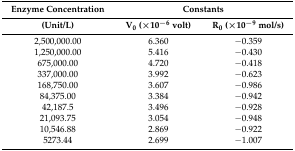
| Enzyme Concentration | <COLSPAN=2> Constants |
 | (Unit/L) | V0 (×10−6 volt) | R0 (×10−9 mol/s) |
 | --- | --- | --- |
 | 2,500,000.00 | 6.360 | −0.359 |
 | 1,250,000.00 | 5.416 | −0.430 |
 | 675,000.00 | 4.720 | −0.418 |
 | 337,000.00 | 3.992 | −0.623 |
 | 168,750.00 | 3.607 | −0.986 |
 | 84,375.00 | 3.384 | −0.942 |
 | 42,187.5 | 3.496 | −0.928 |
 | 21,093.75 | 3.054 | −0.948 |
 | 10,546.88 | 2.869 | −0.922 |
 | 5273.44 | 2.699 | −1.007 |